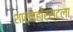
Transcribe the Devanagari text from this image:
शार्नहॉर्स्टला